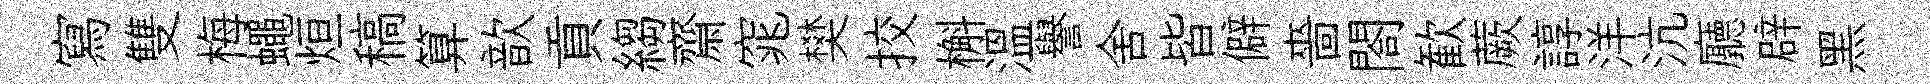
寫雙梅蠅烜稿算歆貢縐齋窕樊挍槲温譽舍皆僻嗇閤歓蕨諄洋沆廳辟黑